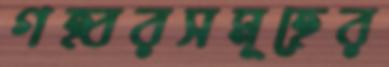
গহ্বরসমূহের